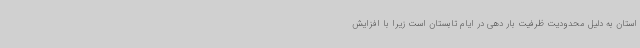
استان به دلیل محدودیت ظرفیت بار دهی در ایام تابستان است زیرا با افزایش